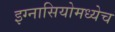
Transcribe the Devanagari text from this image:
इग्नासियोमध्येच